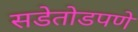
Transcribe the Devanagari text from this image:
सडेतोडपणे